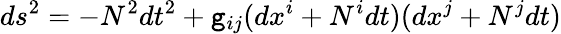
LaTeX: ds^{2}=-N^{2}dt^{2}+\mathtt{g}_{ij}(dx^{i}+N^{i}dt)(dx^{j}+N^{j}dt)